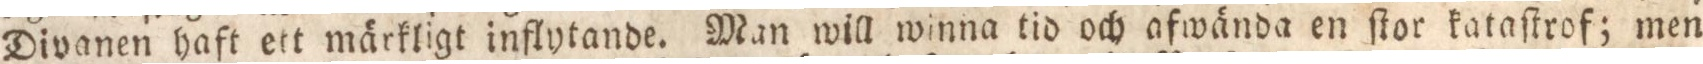
Divanen haft ett märkligt inflytande. Man will winna tid och afwända en ſtor kataſtrof; men